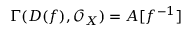
\Gamma ( D ( f ) , { \mathcal { O } } _ { X } ) = A [ f ^ { - 1 } ]